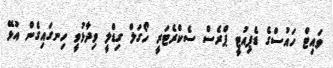
ވައިޓް ހައުސްގެ ޑެޕިއުޓީ ޕްރެސް ސެކްރެޓަރީ ހޯގަލް ގިޑްލީ ވިދާޅުވީ ހިނގައިގެން އުޅޭ